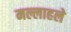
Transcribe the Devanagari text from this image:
मल्लाहले